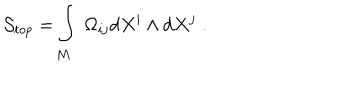
\mathcal { S } _ { t o p } = \int _ { M } \; \Omega _ { i j } \mathrm { d } X ^ { i } \wedge \mathrm { d } X ^ { j } \; .